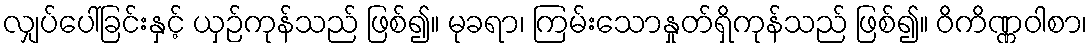
လျှပ်ပေါ်ခြင်းနှင့် ယှဉ်ကုန်သည် ဖြစ်၍။ မုခရာ၊ ကြမ်းသောနှုတ်ရှိကုန်သည် ဖြစ်၍။ ဝိကိဏ္ဏဝါစာ၊